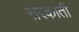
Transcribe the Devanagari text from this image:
सरकाती